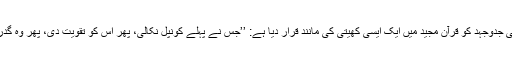
اللہ تعالیٰ کے ایسے ہی نیک بندوں کی جدوجہد کو قرآن مجید میں ایک ایسی کھیتی کی مانند قرار دیا ہے: ’’جس نے پہلے کونپل نکالی، پھر اس کو تقویت دی، پھر وہ گدرائی، پھر اپنے تنے پر کھڑی ہوگئی۔